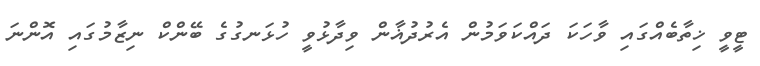
ޓީވީ ޚިތާބެއްގައި ވާހަކަ ދައްކަވަމުން އެރުދުޣާން ވިދާޅުވީ ހުޅަނގުގެ ބޭންކް ނިޒާމުގައި އޮންނަ